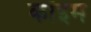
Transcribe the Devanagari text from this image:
कॉइम